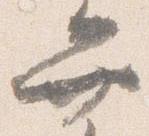
弁